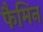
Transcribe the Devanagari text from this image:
फैमिन